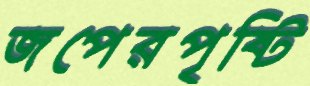
জপেরপৃষ্টি